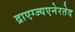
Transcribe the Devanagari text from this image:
द्राएग्ज्यएनेरतेद